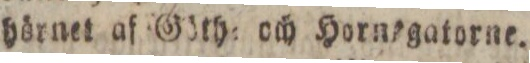
hörnet af Göth= och Hornsgatorne.